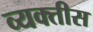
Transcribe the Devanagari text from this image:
व्यक्‍तीस